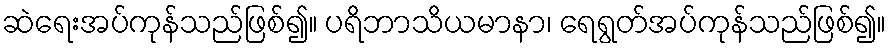
ဆဲရေးအပ်ကုန်သည်ဖြစ်၍။ ပရိဘာသိယမာနာ၊ ရေရွတ်အပ်ကုန်သည်ဖြစ်၍။